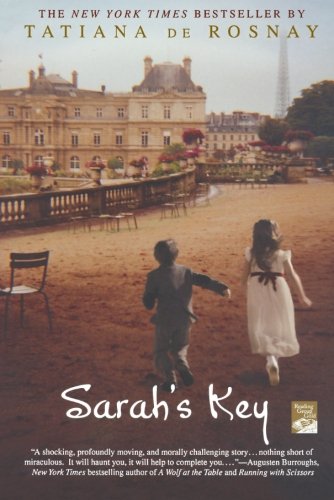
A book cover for Sarah's Key; Tatiana de Rosnay; Literature & Fiction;